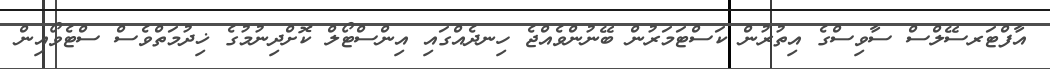
އާފްޓަރސޭލްސް ސާވިސްގެ އިތުރުން ކަސްޓަމަރުން ބޭނުންވެއްޖެ ހިނދެއްގައި އިންސްޓޯލް ކޮށްދިނުމުގެ ޚިދުމަތްވެސް ސްޓެވޯއިން